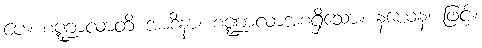
ပေ။ စဏ္ဍာလာတိ အာဒိနာ၊ စဏ္ဍာလာအစရှိသော။ နယေန၊ ဖြင့်။